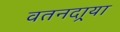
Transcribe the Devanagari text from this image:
वतनदार्‍या